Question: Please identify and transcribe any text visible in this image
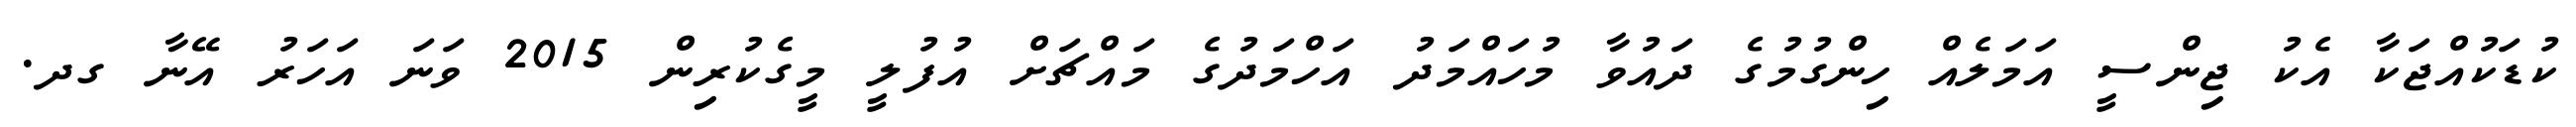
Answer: ކުޑަކުއްޖަކާ އެކު ޖިންސީ އަމަލެއް ހިންގުމުގެ ދައުވާ މުހައްމަދު އަހްމަދުގެ މައްޗަށް އުފުލީ މީގެކުރިން 2015 ވަނަ އަހަރު އޭނާ ގދ.